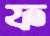
ফ